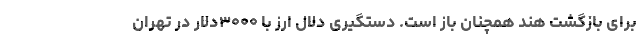
برای بازگشت هند همچنان باز است. دستگیری دلال ارز با ۳۰۰۰دلار در تهران